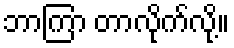
ဘာကြာ တာလိုက်လို့။